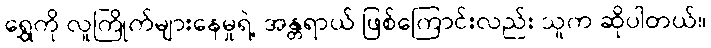
ရွှေကို လူကြိုက်များနေမှုရဲ့ အန္တရာယ် ဖြစ်ကြောင်းလည်း သူက ဆိုပါတယ်။